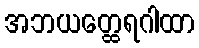
အဘယတ္ထေရဂါထာ